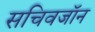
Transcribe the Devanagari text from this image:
सचिवजॉन